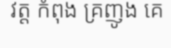
វត្ត កំពុង គ្រញូង គេ